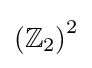
\left(\mathbb {Z} _{2}\right)^{2}